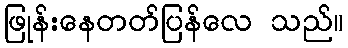
ဖြုန်းနေတတ်ပြန်လေ သည်။